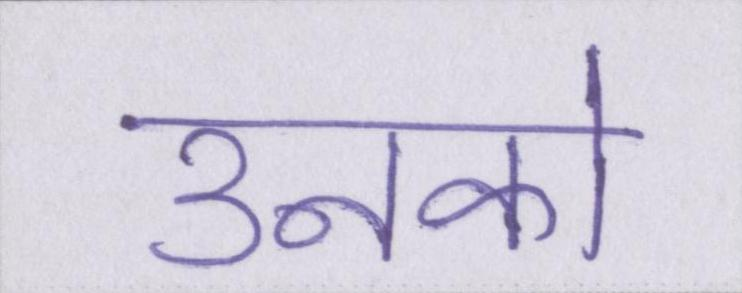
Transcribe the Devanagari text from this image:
उनको